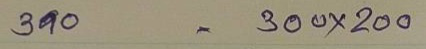
390 = 300x200